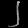
Digit: ၂